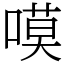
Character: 嗼